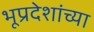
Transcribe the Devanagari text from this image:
भूप्रदेशांच्या